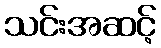
သင်းအဆင့်